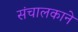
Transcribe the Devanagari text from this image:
संचालकाने